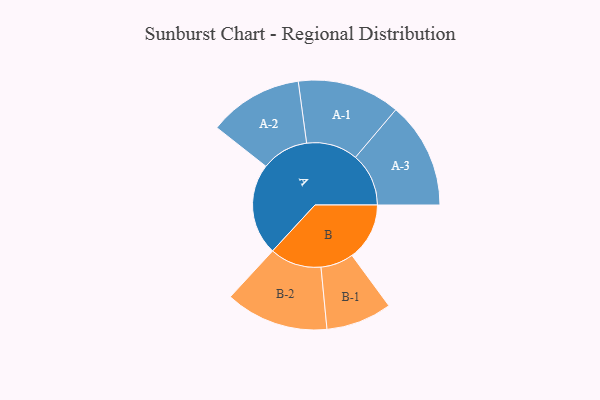
{"axis": {"x": "Segment", "y": "Value"}, "legend": ["", "A", "B"], "data": [{"x": "A", "y": 406, "type": ""}, {"x": "B", "y": 255, "type": ""}, {"x": "A-1", "y": 228, "type": "A"}, {"x": "A-2", "y": 209, "type": "A"}, {"x": "A-3", "y": 236, "type": "A"}, {"x": "B-1", "y": 146, "type": "B"}, {"x": "B-2", "y": 229, "type": "B"}]}